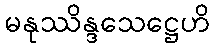
မနုဿိန္ဒသေဋ္ဌေဟိ